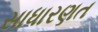
સાધારણત